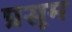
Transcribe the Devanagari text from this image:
प्रसूम